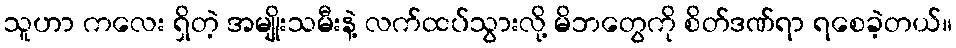
သူဟာ ကလေး ရှိတဲ့ အမျိုးသမီးနဲ့ လက်ထပ်သွားလို့ မိဘတွေကို စိတ်ဒဏ်ရာ ရစေခဲ့တယ်။